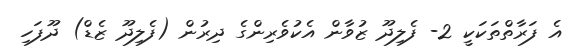
އެ ފަރާތްތަކަކީ 2- ފެލިދޫ ޒުވާން އެކުވެރިންގެ ދިރުން (ފެލިދޫ ޒެޑް) ދޫފަހި